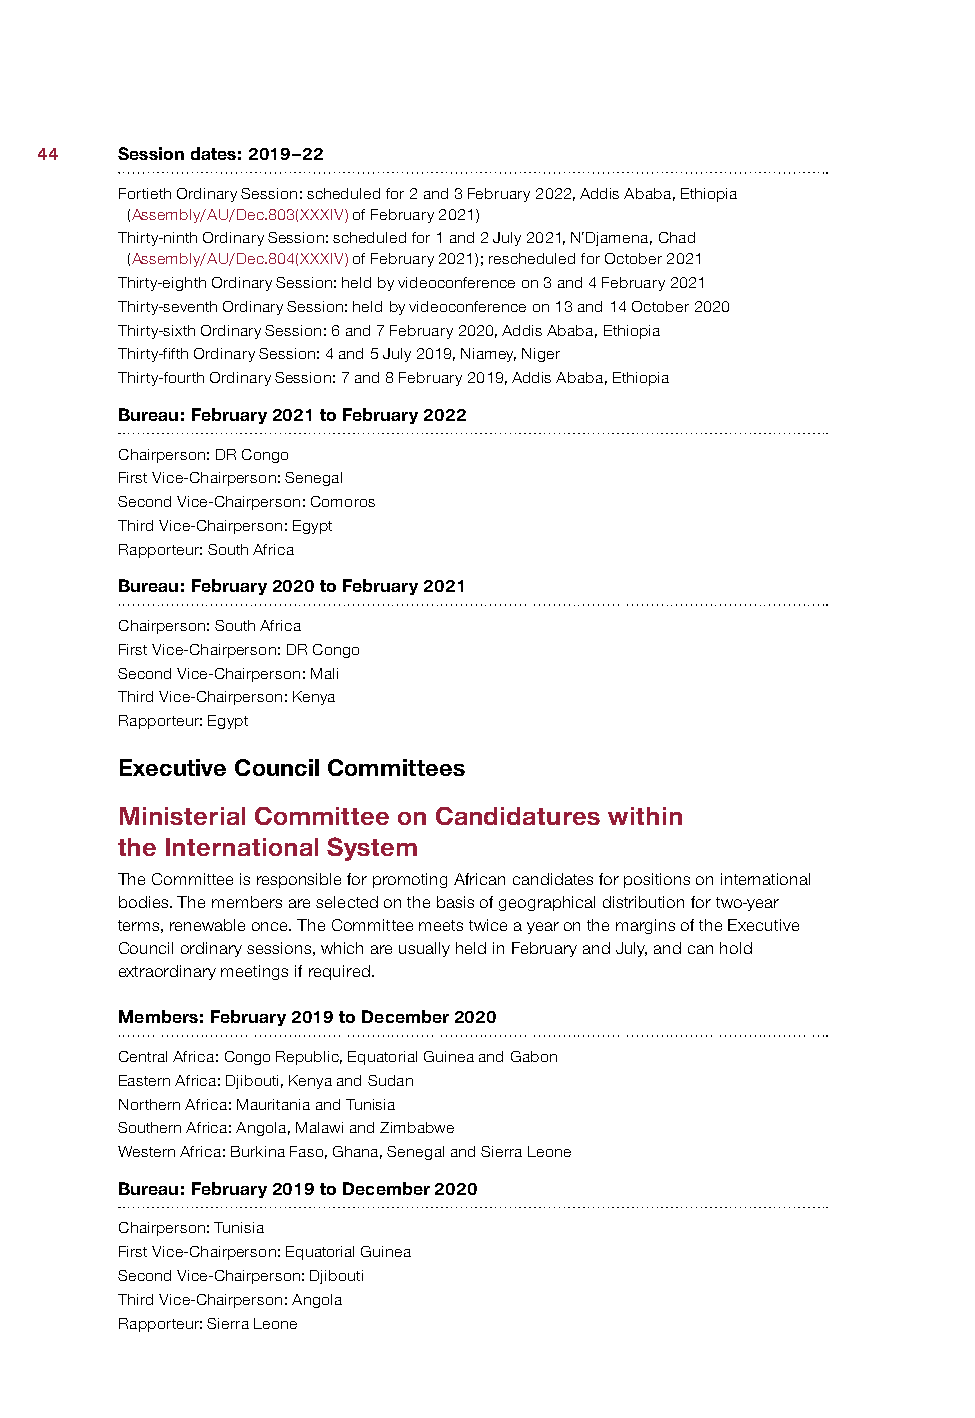
44    Session dates: 2019–22
 Fortieth Ordinary Session: scheduled for 2 and 3 February 2022, Addis Ababa, Ethiopia
 (Assembly/AU/Dec.803(XXXIV) of February 2021)
 Thirty-ninth Ordinary Session: scheduled for 1 and 2 July 2021, N’Djamena, Chad
 (Assembly/AU/Dec.804(XXXIV) of February 2021); rescheduled for October 2021
 Thirty-eighth Ordinary Session: held by videoconference on 3 and 4 February 2021
 Thirty-seventh Ordinary Session: held by videoconference on 13 and 14 October 2020
 Thirty-sixth Ordinary Session: 6 and 7 February 2020, Addis Ababa, Ethiopia
 Thirty-fifth Ordinary Session: 4 and 5 July 2019, Niamey, Niger
 Thirty-fourth Ordinary Session: 7 and 8 February 2019, Addis Ababa, Ethiopia
 Bureau: February 2021 to February 2022
 Chairperson: DR Congo
 First Vice-Chairperson: Senegal
 Second Vice-Chairperson: Comoros
 Third Vice-Chairperson: Egypt
 Rapporteur: South Africa
 Bureau: February 2020 to February 2021
 Chairperson: South Africa
 First Vice-Chairperson: DR Congo
 Second Vice-Chairperson: Mali
 Third Vice-Chairperson: Kenya
 Rapporteur: Egypt
 Executive Council Committees
 Ministerial Committee on Candidatures within
 the International System
 The Committee is responsible for promoting African candidates for positions on international
 bodies. The members are selected on the basis of geographical distribution for two-year
 terms, renewable once. The Committee meets twice a year on the margins of the Executive
 Council ordinary sessions, which are usually held in February and July, and can hold
 extraordinary meetings if required.
 Members: February 2019 to December 2020
 Central Africa: Congo Republic, Equatorial Guinea and Gabon
 Eastern Africa: Djibouti, Kenya and Sudan
 Northern Africa: Mauritania and Tunisia
 Southern Africa: Angola, Malawi and Zimbabwe
 Western Africa: Burkina Faso, Ghana, Senegal and Sierra Leone
 Bureau: February 2019 to December 2020
 Chairperson: Tunisia
 First Vice-Chairperson: Equatorial Guinea
 Second Vice-Chairperson: Djibouti
 Third Vice-Chairperson: Angola
 Rapporteur: Sierra Leone